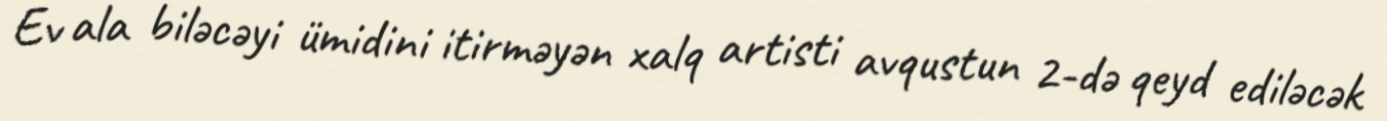
Ev ala biləcəyi ümidini itirməyən xalq artisti avqustun 2-də qeyd ediləcək